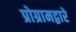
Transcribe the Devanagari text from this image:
प्रोग्रामद्वारे